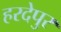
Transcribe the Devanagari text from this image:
हरदेपुर